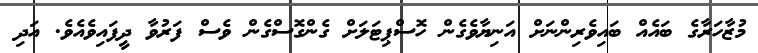
މުޒާހަރާގެ ބައެއް ބައިވެރިންނަށް އަނިޔާވެގެން ހޮސްޕިޓަލަށް ގެންގޮސްގެން ވެސް ފަރުވާ ދީފައިވެއެވެ. އަދި